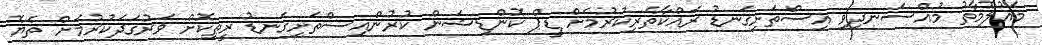
މައުލޫމާތު މުއްސަނދިވި އިސްތަށިގަނޑު ރައްކާތެރިކުރުމަށް ޑީޕް ކޮންޑިޝަން ކުރުންއިސްތަށިގަނޑު ރީތިކޮށް ވަރުގަދަކުރުމަށް ތެޔޮ